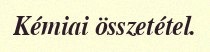
Kémiai összetétel.